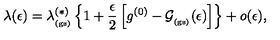
\lambda ( \epsilon ) = \lambda _ { _ \mathrm { ( g s ) } } ^ { ( \ast ) } \left\{ 1 + \frac { \epsilon } { 2 } \left[ g ^ { ( 0 ) } - { \mathcal G } _ { _ \mathrm { ( g s ) } } ( \epsilon ) \right] \right\} + o ( \epsilon ) ,